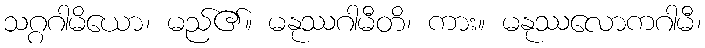
သဂ္ဂဂါမိယော၊ မည်၏။ မနုဿဂါမီတိ၊ ကား။ မနုဿလောကဂါမီ၊